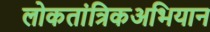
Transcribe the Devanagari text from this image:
लोकतांत्रिकअभियान